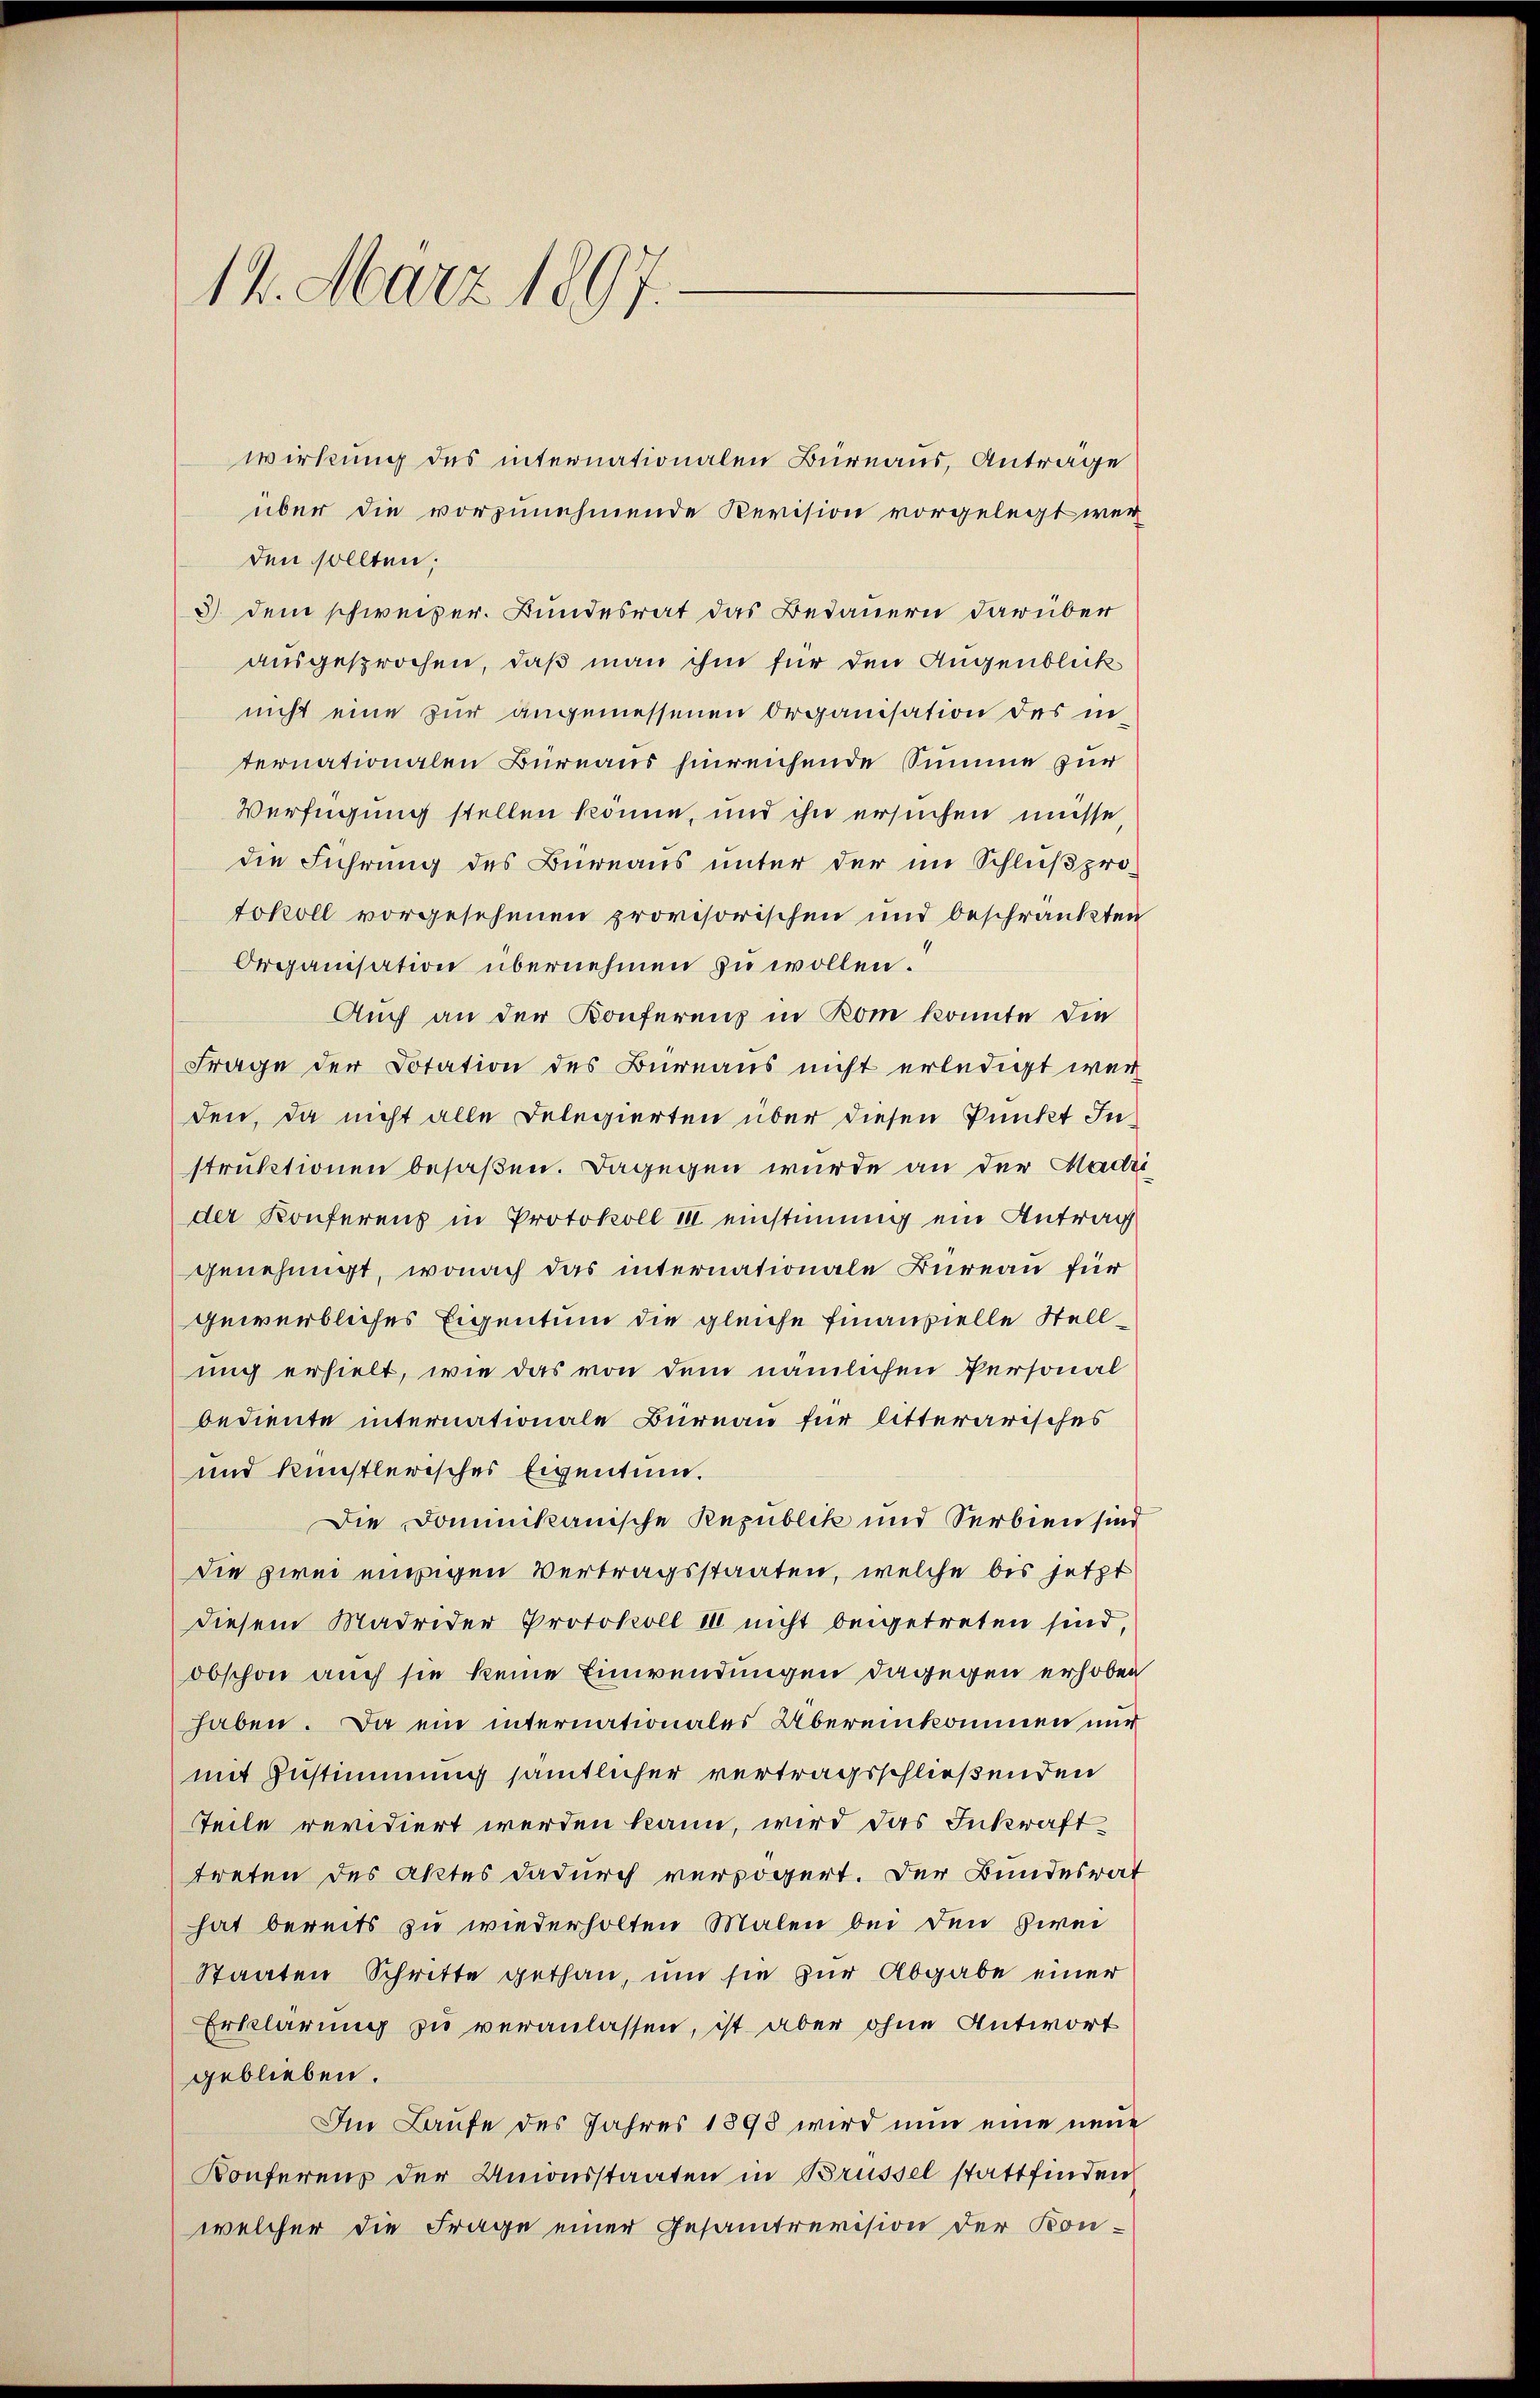
14. März 1897.

wirkung des internationalen Bureaus, Anträge
über die vorzunehmende Revision vorgelegt wer
den sollten;
3) dem schweizer. Bundesrat das Bedauern darüber
ausgesprochen, daß man ihm für den Augenblick
nicht eine zur angemessenen Organisation des in
ternationalen Büreaus hinreichende Summe zur
Verfügung stellen könne, und ihn ersuchen müsse
die Führung des Bureaus unter der im Schlußpro-
tokoll vorgesehenen provisorischen und beschränkten
Organisation übernehmen zu wollen.
Auch an der Konferens in Rom konnte die
Frage der Dotation des Bureaus nicht erledigt wer
den, da nicht alle Delegierten über diesen Punkt Instruktionen besaßen. Dagegen wurde an der Madri
der Konferens in Protokoll II einstimmig ein Antrag
genehmigt, wonach das internationale Büreau für
gewerbliches Eigentum die gleiche Finanzielle Stelluig erhielt, wie das von dem nämlichen Personal
bediente internationale Bureau für litterarisches
und künstlerisches Eigentum.
Die Dominikanische Republik und Serbien sind
die zwei einigen Vertragsstaaten, welche bis jetzt
diesem Madrider Protokoll 10 nicht beigetreten sind,
obschon auch sie keine Einwendungen dagegen erhoben
haben. Da ein internationales Übereinkommen nur
mit Zustimmung sämtlicher vertragsschließenden
Teile revidiert werden kann, wird das Inkrafttreten des Aktes dadurch verzögert. Der Bundesrat
hat bereits zu wiederholten Malen bei den Zwei
Staaten Schritte gethan, um sie zur Abgabe einer
Erklärung zu veranlassen, ist aber ohne Antwort
geblieben.
Im Laufe des Jahres 1898 wird nun eine neue
Konferenz der Unionsstaaten in Brüssel stattfinden
welcher die Frage einer Gesamtrevision der Kon-